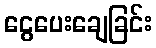
ငွေပေးချေခြင်း